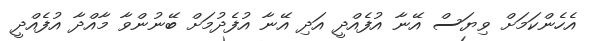
އެހެންކަމަށް ވިޔަސް އޭނާ އުފެއްދީ އަދި އޭނާ އުފެދުމަށް ބޭނުންވާ މާއްދާ އުފެއްދީ